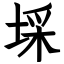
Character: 埰